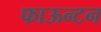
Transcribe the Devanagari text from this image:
फाऊन्टन